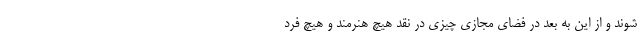
شوند و از این به بعد در فضای مجازی چیزی در نقد هیچ هنرمند و هیچ فرد